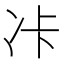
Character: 𠖺